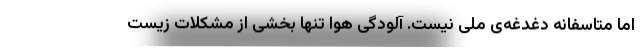
اما متاسفانه دغدغه‌ی ملی نیست. آلودگی هوا تنها بخشی از مشکلات زیست